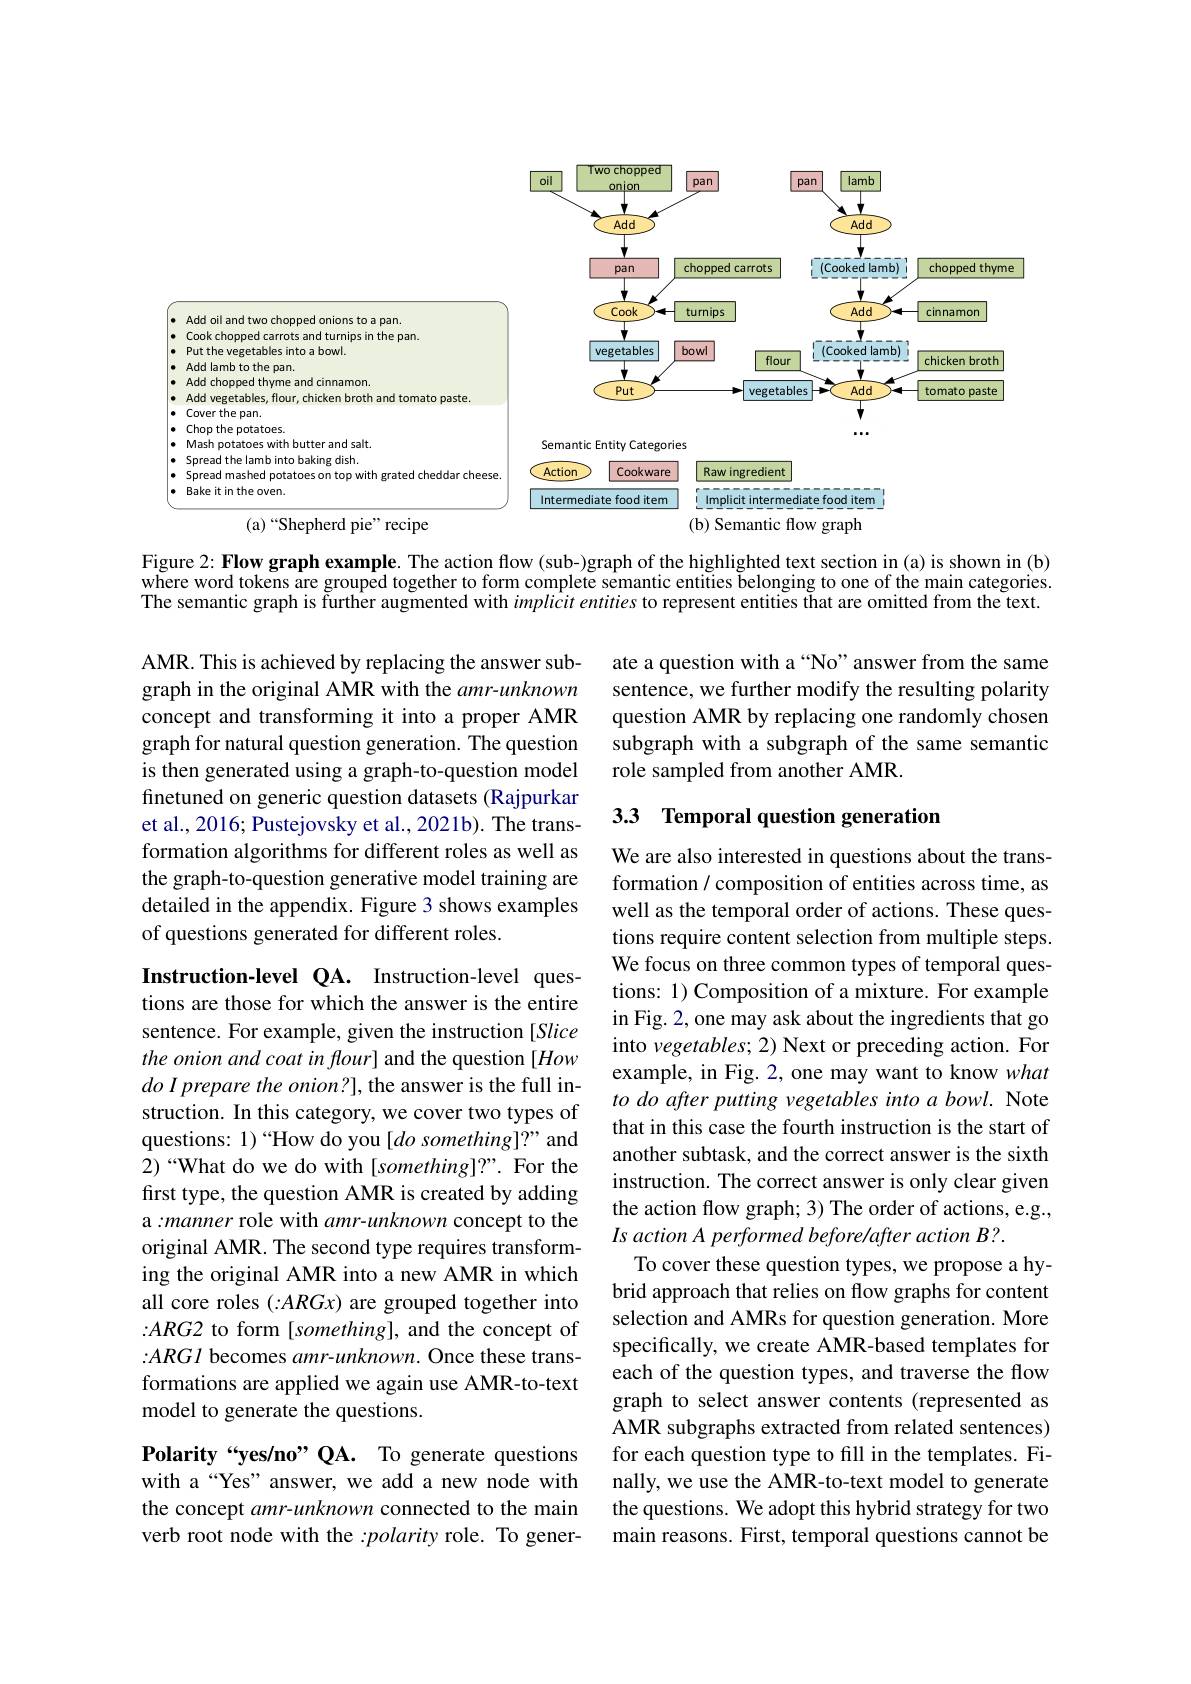
<FigureHere>

Figure 2: Flow graph example. The action flow (sub-)graph of the highlighted text section in (a) is shown in (b) where word tokens are grouped together to form complete semantic entities belonging to one of the main categories. The semantic graph is further augmented with $impli\hat{c}it$ entities to represent entities that are omitted from the text.

ate a question with a “No”answer from the same sentence, we further modify the resulting polarity question AMR by replacing one randomly chosen subgraph with a subgraph of the same semantic role sampled from another AMR.

AMR. This is achieved by replacing the answer subgraph in the original AMR with the $amr-unknown$ concept and transforming it into a proper AMR graph for natural question generation. The question is then generated using a graph-to-question model finetuned on generic question datasets (Rajpurkar et al., 2016; Pustejovsky et al., 2021b). The transformation algorithms for different roles as well as the graph-to-question generative model training are detailed in the appendix. Figure 3 shows examples of questions generated for different roles.

## 3.3 Temporal question generation

Instruction-level QA. Instruction-level questions are those for which the answer is the entire sentence. For example, given the instruction [Slice the onion and coat in flour] and the question [How $do\textit{I prepare the onion? }] $,the answer is the full instruction. In this category, we cover two types of questions: 1) “How do you [do something]?” and 2)“What do we do with[something]?”. For the first type, the question AMR is created by adding a:manner role with amr-unknown concept to the original AMR. The second type requires transforming the original AMR into a new AMR in which all core roles (:ARGx) are grouped together into :ARG2 to form [something], and the concept of $:ARGI$ becomes amr-unknown. Once these transformations are applied we again use AMR-to-text model to generate the questions.

We are also interested in questions about the transformation / composition of entities across time, as well as the temporal order of actions. These questions require content selection from multiple steps. We focus on three common types of temporal questions: 1) Composition of a mixture. For example in Fig. 2, one may ask about the ingredients that go into vegetables; 2) Next or preceding action. For example, in Fig. 2, one may want to know what to do after putting vegetables into a bowl. Note that in this case the fourth instruction is the start of another subtask, and the correct answer is the sixth instruction. The correct answer is only clear given the action flow graph; 3) The order of actions, e.g., Is action A performed beforelafter action B?.
To cover these question types, we propose a hybrid approach that relies on flow graphs for content selection and AMRs for question generation. More specifically, we create AMR-based templates for each of the question types, and traverse the flow graph to select answer contents (represented as AMR subgraphs extracted from related sentences) for each question type to fill in the templates. Finally, we use the AMR-to-text model to generate the questions. We adopt this hybrid strategy for two main reasons. First, temporal questions cannot be

Polarity“yes/no”QA. To generate questions with a“Yes”answer, we add a new node with the concept amr-unknown connected to the main verb root node with the :polarity role. To gener-